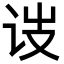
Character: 𬣥